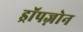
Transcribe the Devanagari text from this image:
ड्रॉपज़ोन